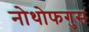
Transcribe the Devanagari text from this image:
नोथोफगुस